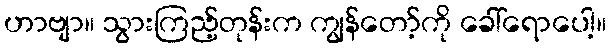
ဟာဗျာ။ သွားကြည့်တုန်းက ကျွန်တော့်ကို ခေါ်ရောပေါ့။